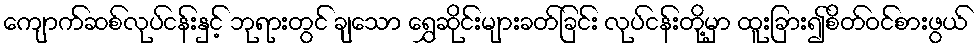
ကျောက်ဆစ်လုပ်ငန်းနှင့် ဘုရားတွင် ချသော ရွှေဆိုင်းများခတ်ခြင်း လုပ်ငန်းတို့မှာ ထူးခြား၍စိတ်ဝင်စားဖွယ်